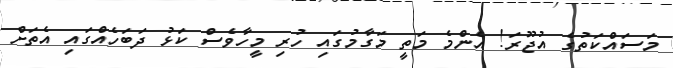
މަސައްކަތުގެ އުޖޫރަ! އެންމެ މަތީ މަގާމުގައި ހުރި މީހާވެސް ކަޅު ދަބަހެއްގައި އެތަށް